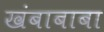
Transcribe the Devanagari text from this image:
खंबाबाबा